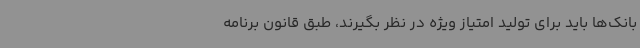
بانک‌ها باید برای تولید امتیاز ویژه در نظر بگیرند، طبق قانون برنامه